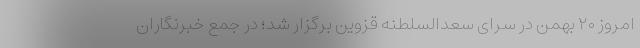
امروز ۲۰ بهمن در سرای سعدالسلطنه قزوین برگزار شد؛ در جمع خبرنگاران